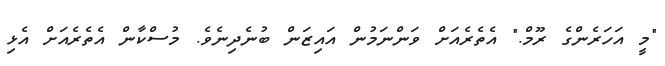
"މީ އަހަރެންގެ ރޫމް." އެތެރެއަށް ވަންނަމުން އައިޒަން ބުނެދިނެވެ. މުސްކާން އެތެރެއަށް އެޅި